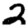
Digit: 2